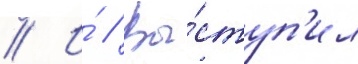
// И́ // Вы́ступ'ил